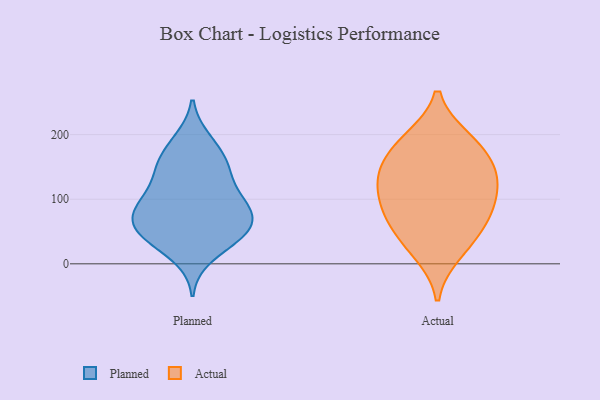
{"axis": {"x": "Churn Rate (%)", "y": "Value"}, "legend": ["Actual", "Planned"], "data": [{"x": "", "y": 153, "type": "Planned"}, {"x": "", "y": 88, "type": "Planned"}, {"x": "", "y": 145, "type": "Planned"}, {"x": "", "y": 36, "type": "Planned"}, {"x": "", "y": 150, "type": "Planned"}, {"x": "", "y": 79, "type": "Planned"}, {"x": "", "y": 106, "type": "Planned"}, {"x": "", "y": 151, "type": "Planned"}, {"x": "", "y": 75, "type": "Planned"}, {"x": "", "y": 55, "type": "Planned"}, {"x": "", "y": 55, "type": "Planned"}, {"x": "", "y": 100, "type": "Planned"}, {"x": "", "y": 80, "type": "Planned"}, {"x": "", "y": 55, "type": "Planned"}, {"x": "", "y": 192, "type": "Planned"}, {"x": "", "y": 40, "type": "Planned"}, {"x": "", "y": 186, "type": "Planned"}, {"x": "", "y": 106, "type": "Planned"}, {"x": "", "y": 11, "type": "Planned"}, {"x": "", "y": 44, "type": "Planned"}, {"x": "", "y": 193, "type": "Actual"}, {"x": "", "y": 111, "type": "Actual"}, {"x": "", "y": 191, "type": "Actual"}, {"x": "", "y": 162, "type": "Actual"}, {"x": "", "y": 150, "type": "Actual"}, {"x": "", "y": 127, "type": "Actual"}, {"x": "", "y": 131, "type": "Actual"}, {"x": "", "y": 85, "type": "Actual"}, {"x": "", "y": 65, "type": "Actual"}, {"x": "", "y": 17, "type": "Actual"}, {"x": "", "y": 38, "type": "Actual"}, {"x": "", "y": 78, "type": "Actual"}]}